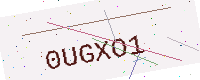
Text: 0UGXO1